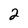
Character: 2